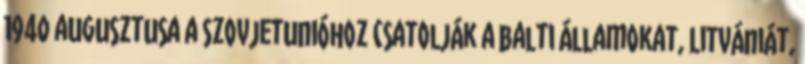
1940 augusztusa a Szovjetunióhoz csatolják a balti államokat, Litvániát,